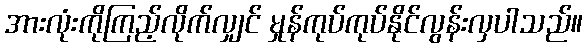
အားလုံးကိုကြည့်လိုက်လျှင် မှုန်ကုပ်ကုပ်နိုင်လွန်းလှပါသည်။